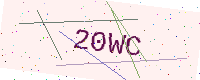
Text: 20WC